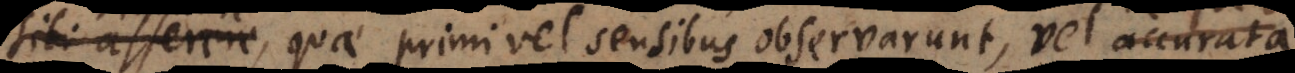
vindicare, quae primi vel sensibus observarunt, vel accurat